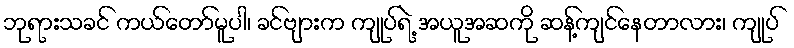
ဘုရားသခင် ကယ်တော်မူပါ၊ ခင်ဗျားက ကျုပ်ရဲ့ အယူအဆကို ဆန့်ကျင်နေတာလား၊ ကျုပ်